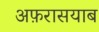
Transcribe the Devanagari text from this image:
अफ़रासयाब